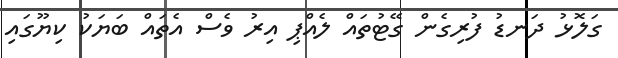
ގަލޮޅު ދަނޑު ފުރިގެން ގޭޓުތައް ލެއްޕި އިރު ވެސް އެތައް ބަޔަކު ކިޔޫގައި